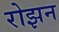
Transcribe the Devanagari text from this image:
रोझन